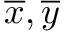
\overline { { x } } , \overline { { y } }